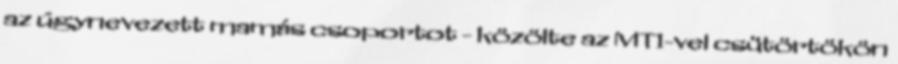
az úgynevezett mamás csoportot - közölte az MTI-vel csütörtökön